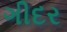
ગીદર